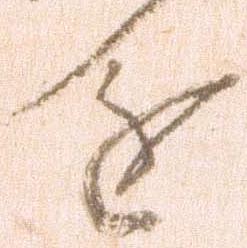
進